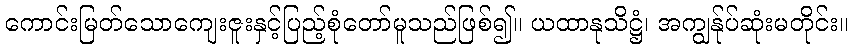
ကောင်းမြတ်သောကျေးဇူးနှင့်ပြည့်စုံတော်မူသည်ဖြစ်၍။ ယထာနုသိဋ္ဌံ၊ အကျွန်ုပ်ဆုံးမတိုင်း။